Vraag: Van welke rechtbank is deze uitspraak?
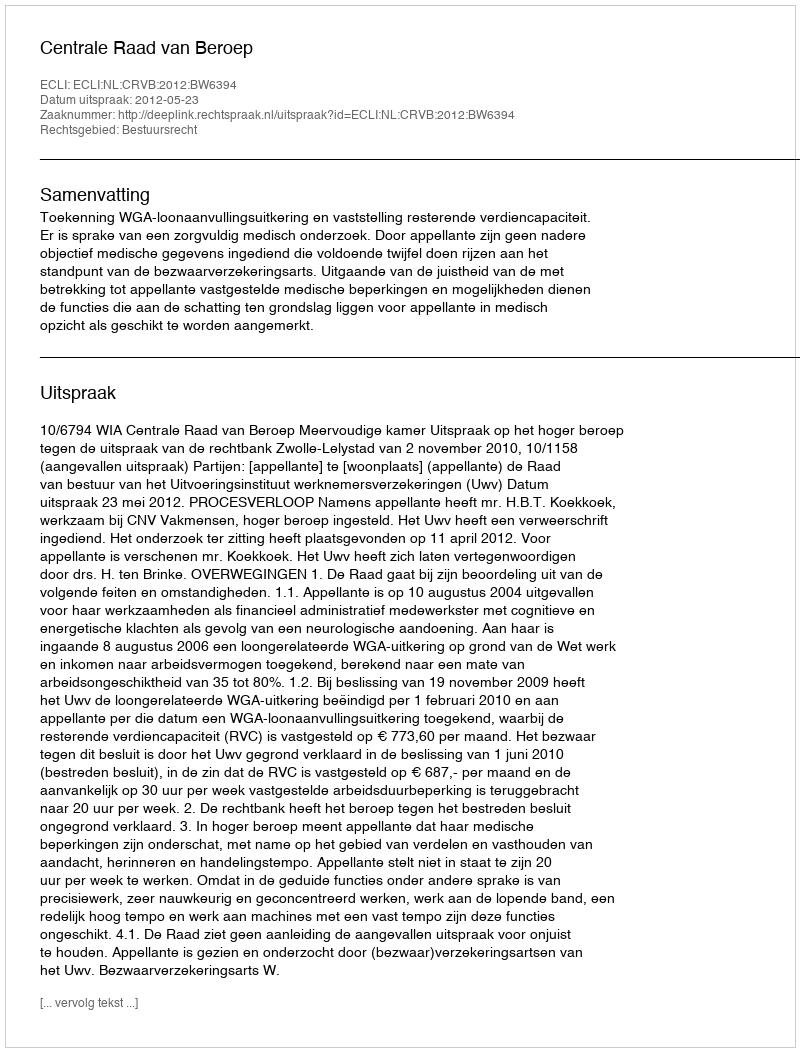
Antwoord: Centrale Raad van Beroep